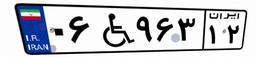
۷۲W۰۶۷۸۳